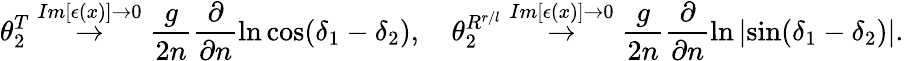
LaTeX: \theta_{2}^{T}\stackrel{Im[\epsilon(x)]\rightarrow 0}{\rightarrow}\frac{g}{2n}\frac{\partial}{\partial n}\ln\cos(\delta_{1}-\delta_{2}),\ \ \ \ \theta_{2}^{R^{r/l}}\stackrel{Im[\epsilon(x)]\rightarrow 0}{\rightarrow}\frac{g}{2n}\frac{\partial}{\partial n}\ln\left|\sin(\delta_{1}-\delta_{2})\right|.